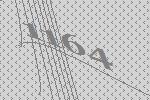
1164